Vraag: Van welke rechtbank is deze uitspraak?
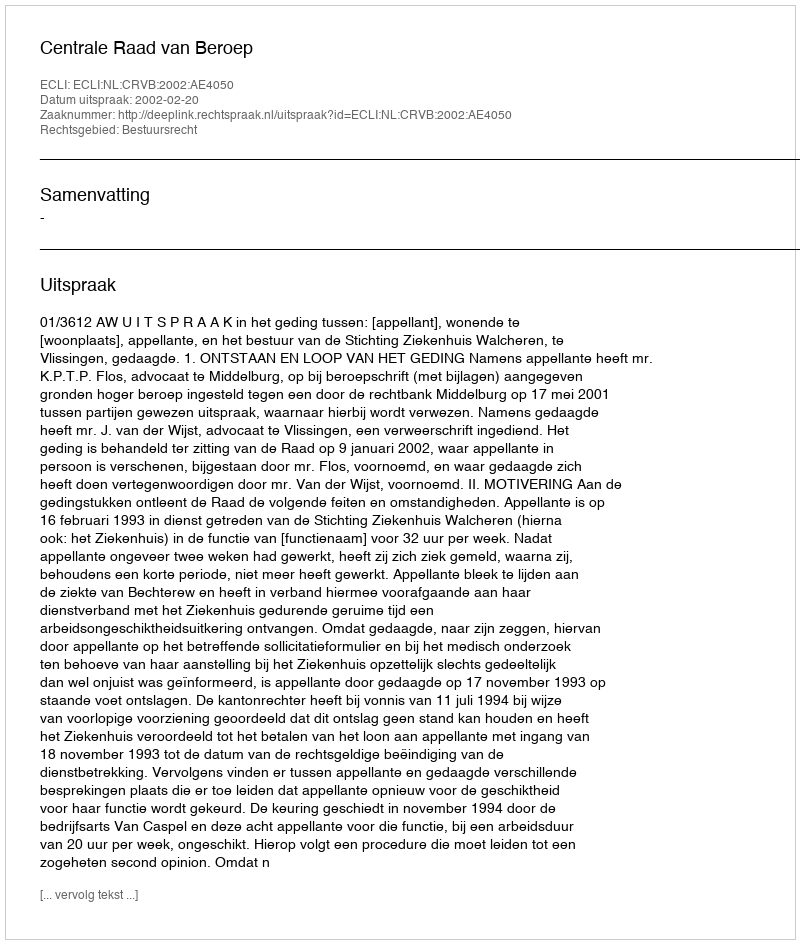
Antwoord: Centrale Raad van Beroep